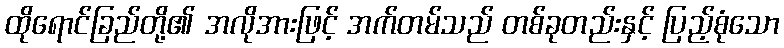
ထိုရောင်ခြည်တို့၏ အလိုအားဖြင့် အက်တမ်သည် တစ်ခုတည်းနှင့် ပြည့်စုံသော